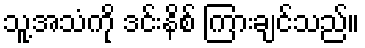
သူ့အသံကို ဒင်းနိစ် ကြားချင်သည်။